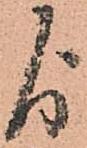
よ